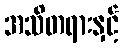
အသိတရားနှင့်